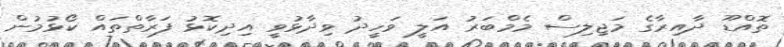
ތޮއްޑޫ ދާއިރާގެ މަޖިލިސް މެމްބަރު އަލީ ވަހީދު ވިދާޅުވީ އިދިކޮޅު ފަރާތްތައް ކޯޅުމުން